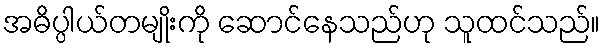
အဓိပ္ပါယ်တမျိုးကို ဆောင်နေသည်ဟု သူထင်သည်။